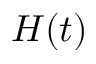
H ( t )